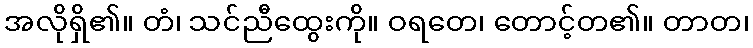
အလိုရှိ၏။ တံ၊ သင်ညီထွေးကို။ ဝရတေ၊ တောင့်တ၏။ တာတ၊